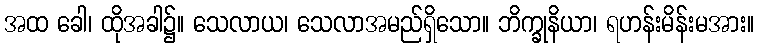
အထ ခေါ၊ ထိုအခါ၌။ သေလာယ၊ သေလာအမည်ရှိသော။ ဘိက္ခုနိယာ၊ ရဟန်းမိန်းမအား။